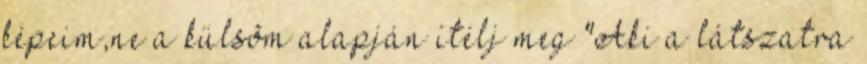
képeim,ne a külsõm alapján ítélj meg "Aki a látszatra